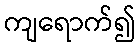
ကျရောက်၍